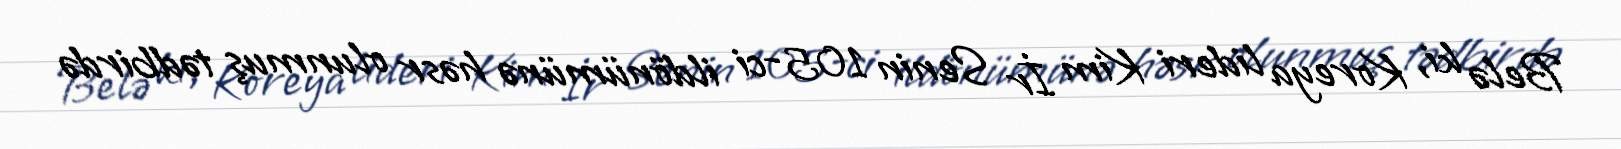
Belə ki, Koreya lideri Kim İr Senin 105-ci ildönümünə həsr olunmuş tədbirdə